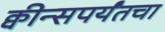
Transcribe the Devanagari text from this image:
क्वीन्सपर्यंतचा